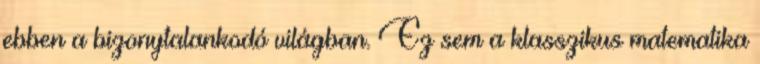
ebben a bizonytalankodó világban. Ez sem a klasszikus matematika